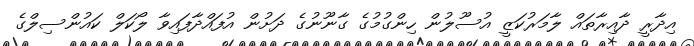
އިދާރީ ދާއިރާތައް ލާމަރުކަޒީ އުސޫލުން ހިންގުމުގެ ގާނޫނުގެ ދަށުން އުފައްދާފައިވާ ލޯކަލް ކައުންސިލްގެ